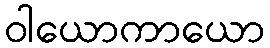
ဝါယောကာယော